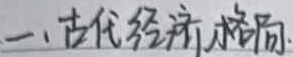
一、古代经济格局